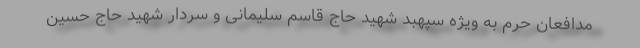
مدافعان حرم به ویژه سپهبد شهید حاج قاسم سلیمانی و سردار شهید حاج حسین